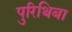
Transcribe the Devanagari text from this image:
पुरिथिबा